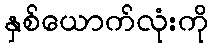
နှစ်ယောက်လုံးကို